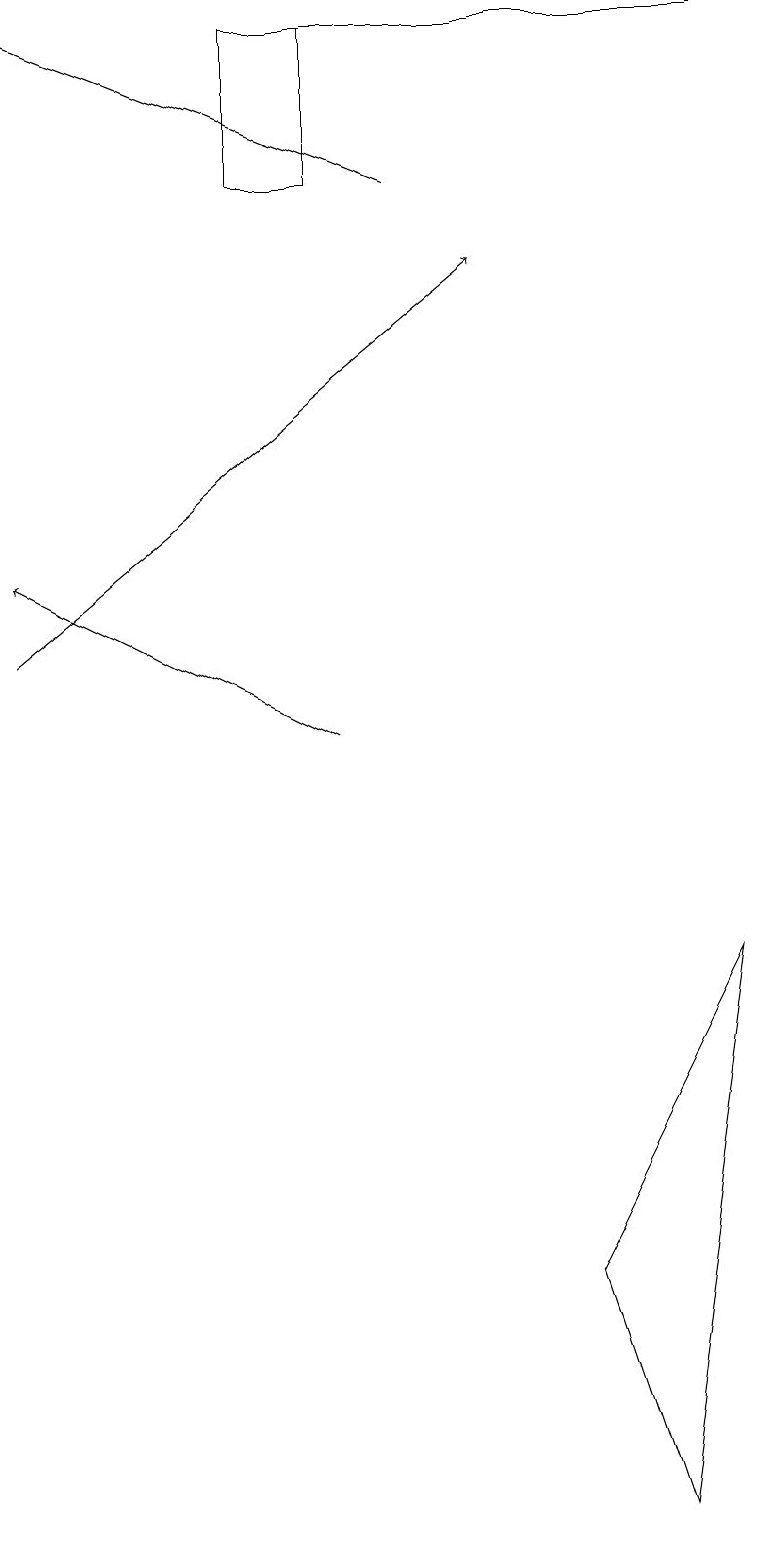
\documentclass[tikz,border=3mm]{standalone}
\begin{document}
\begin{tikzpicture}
\draw (4,19) rectangle (3,17);
\draw[->] (4,10) -- (0,12);
\draw (9,19) rectangle (3,19);
\draw[->] (5,17) -- (0,19);
\draw (9,7) -- (8,0) -- (7,3) -- cycle;
\draw[->] (0,11) -- (6,16);
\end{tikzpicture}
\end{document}